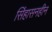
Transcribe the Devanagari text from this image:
सिंहासनहीन